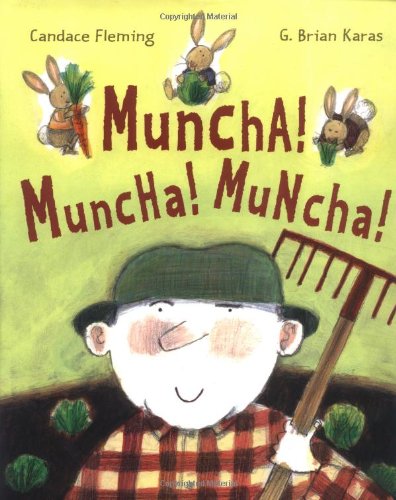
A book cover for Muncha! Muncha! Muncha!; Candace Fleming; Children's Books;